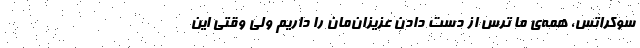
سوکراتس، همه‌ی ما ترسِ از دست دادن عزیزان‌مان را داریم ولی وقتی این